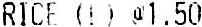
RICE (L) @1.50